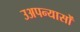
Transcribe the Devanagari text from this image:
उअपन्यासों